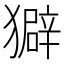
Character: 𤢣